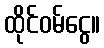
ထိုင်ဝမ်ငွေ။